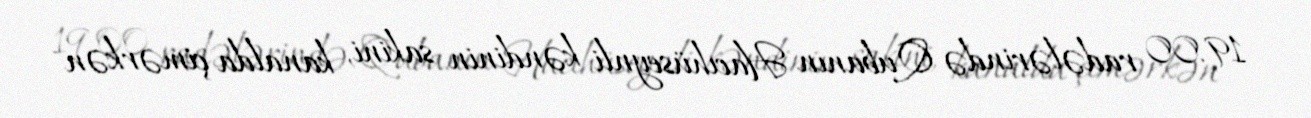
19.00 radələrində Qubanın Hacıhüseynli kəndinin sakini, kanalda çimərkən